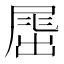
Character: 𡲶